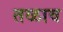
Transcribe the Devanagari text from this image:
तळाव